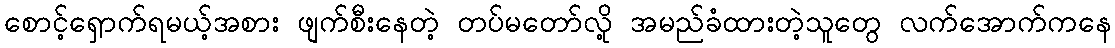
စောင့်ရှောက်ရမယ့်အစား ဖျက်စီးနေတဲ့ တပ်မတော်လို့ အမည်ခံထားတဲ့သူတွေ လက်အောက်ကနေ